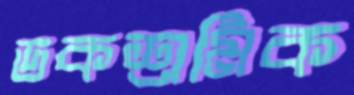
ডকশ্রমিক